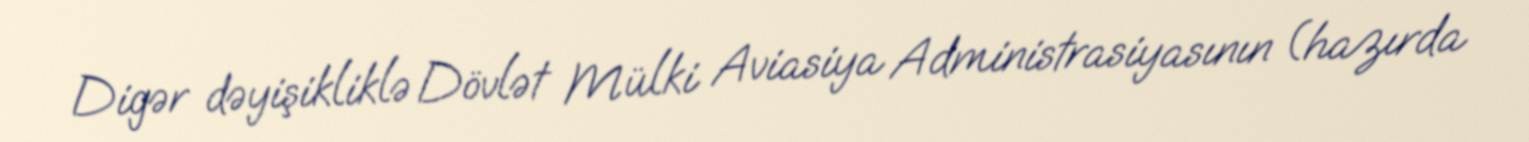
Digər dəyişikliklə Dövlət Mülki Aviasiya Administrasiyasının (hazırda